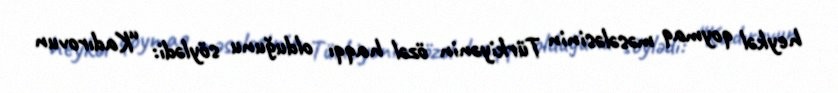
heykəl qoymaq məsələsinin Türkiyənin özəl haqqı olduğunu söylədi: “Kadırovun